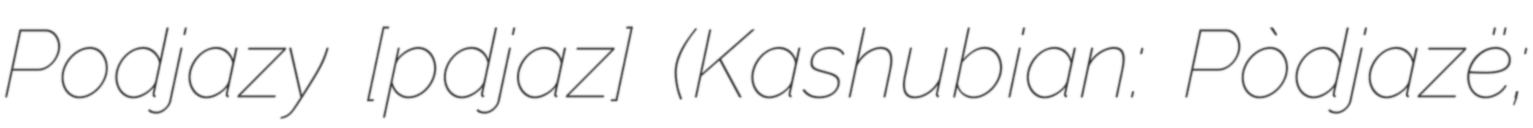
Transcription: Podjazy [pɔdˈjazɨ] (Kashubian: Pòdjazë;